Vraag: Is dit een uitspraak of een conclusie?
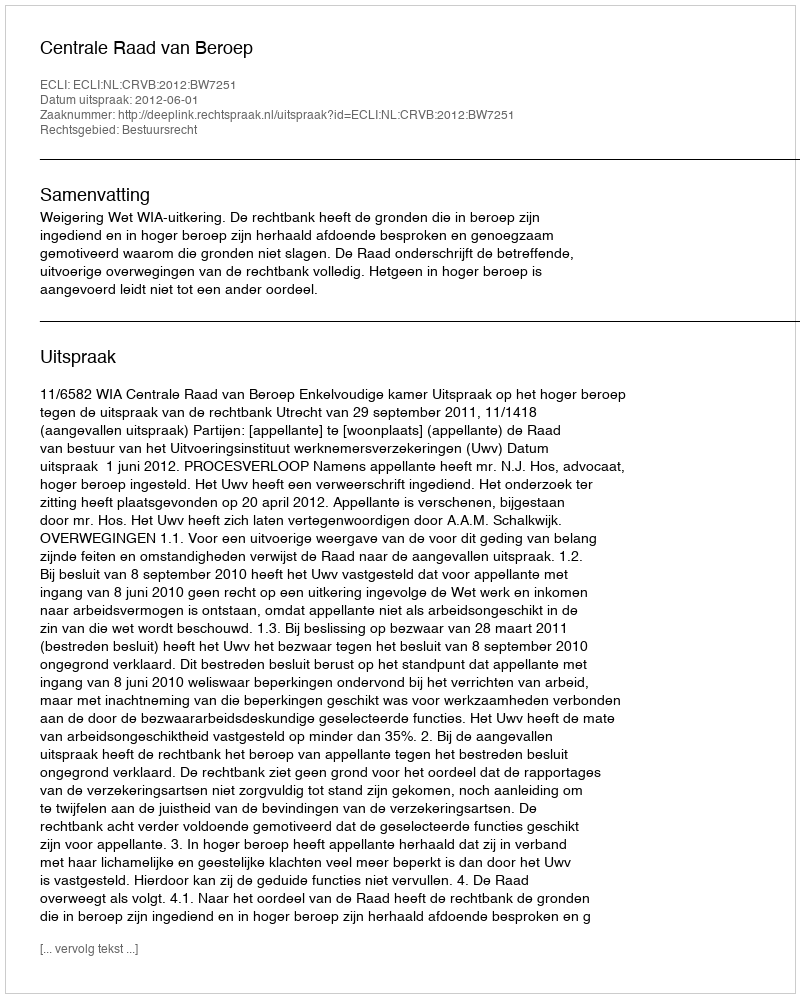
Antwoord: Uitspraak